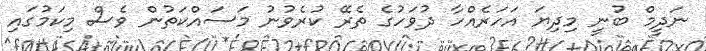
ނަދީމް ބުނީ މިދިޔަ އަހަރެއްހާ ދުވަހުގެ ތެރޭ ކުރެވުނު މަސައްކަތުން ވެސް މިކަމުގައި